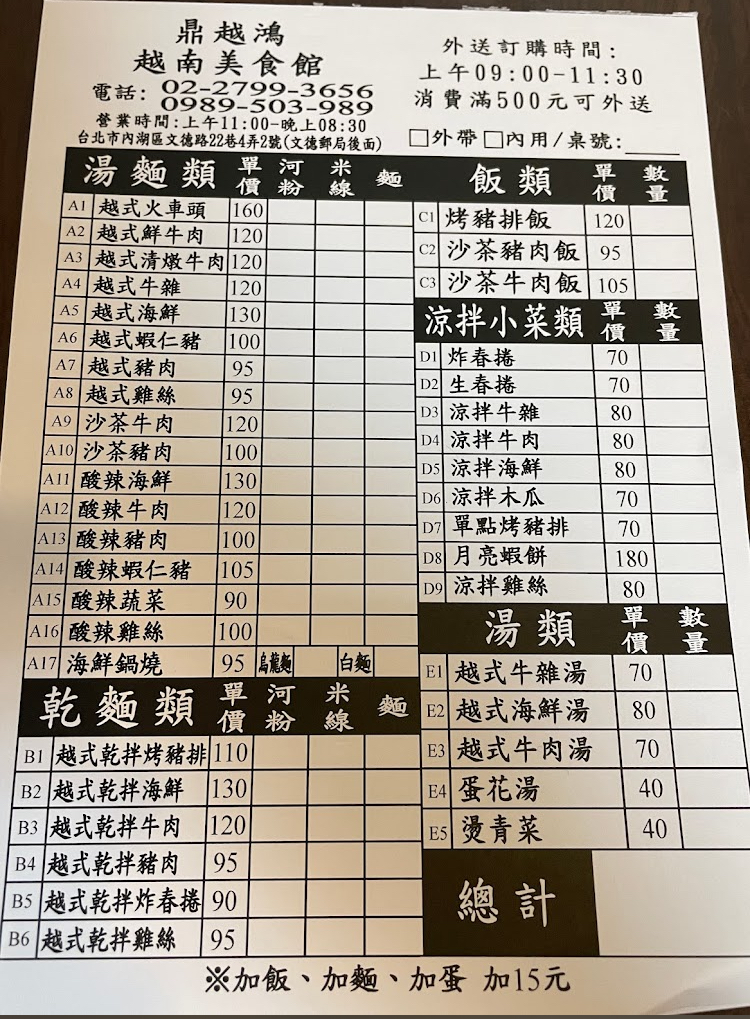
餐廳：鼎越鴻越南美食館
地址：台北市內湖區文德路22巷4弄2號(文德郵局復面)
電話：02:2799-3656,0989-503-989
營業時間：上午11:00-晚上08:30
菜單：
name: 越式火車頭
price: 160
name: 越式鮮牛肉
price: 120
name: 越式清燉牛肉
price: 120
name: 越式牛雜
price: 120
name: 越式海鮮
price: 130
name: 越式蝦仁豬
price: 100
name: 越式豬肉
price: 95
name: 越式雞絲
price: 95
name: 沙茶牛肉
price: 120
name: 沙茶豬肉
price: 100
name: 酸辣海鮮
price: 130
name: 酸辣牛肉
price: 120
name: 酸辣豬肉
price: 100
name: 酸辣蝦仁豬
price: 105
name: 酸辣蔬菜
price: 90
name: 酸辣雞絲
price: 100
name: 海鮮鍋燒
price: 95
name: 越式乾拌烤豬排
price: 110
name: 越式乾拌海鮮
price: 130
name: 越式乾拌牛肉
price: 120
name: 越式乾拌豬肉
price: 95
name: 越式乾拌炸春捲
price: 90
name: 越式乾拌雞絲
price: 95
name: 烤豬排飯
price: 120
name: 沙茶豬肉飯
price: 95
name: 沙茶牛肉飯
price: 105
name: 炸春捲
price: 70
name: 生春捲
price: 70
name: 涼拌牛雜
price: 80
name: 涼拌牛肉
price: 80
name: 涼拌海鮮
price: 80
name: 涼拌木瓜
price: 70
name: 單點烤豬排
price: 70
name: 月亮蝦餅
price: 180
name: 涼拌雞絲
price: 80
name: 越式牛雜湯
price: 70
name: 越式海鮮湯
price: 80
name: 越式牛肉湯
price: 70
name: 蛋花湯
price: 40
name: 燙青菜
price: 40